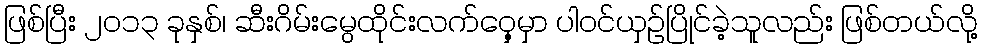
ဖြစ်ပြီး ၂၀၁၃ ခုနှစ်၊ ဆီးဂိမ်းမွေထိုင်းလက်ဝှေ့မှာ ပါဝင်ယှဉ်ပြိုင်ခဲ့သူလည်း ဖြစ်တယ်လို့